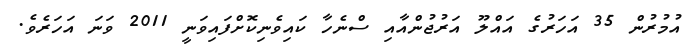
އުމުރުން 35 އަހަރުގެ އައްލޫ އަރުޖުންއާއި ސްނެހާ ކައިވެނިކޮށްފައިވަނީ 2011 ވަނަ އަހަރެވެ.